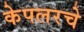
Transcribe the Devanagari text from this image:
केपलरचे